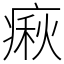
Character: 㾭